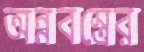
অন্নবস্ত্রের